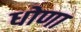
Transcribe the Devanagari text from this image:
धोणा